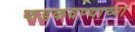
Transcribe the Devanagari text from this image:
फडकवण्याच्या